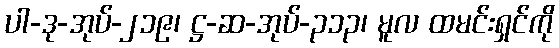
ပါ-ဒု-အုပ်-၂၁၉၊ ဋ္ဌ-ဆ-အုပ်-၃၁၃၊ မူလ ထမင်းရှင်ကို